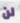
لن